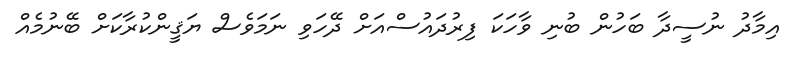
އިމާދު ނުސީދާ ބަހުން ބުނި ވާހަކަ ފިރުދައުސްއަށް ދޭހަވި ނަމަވެސް ޔަޤީންކުރާކަށް ބޭނުމެއް